Lunatic asylums in Bengal annual reports 1912-1924 - 1912-1924
Year: 1912
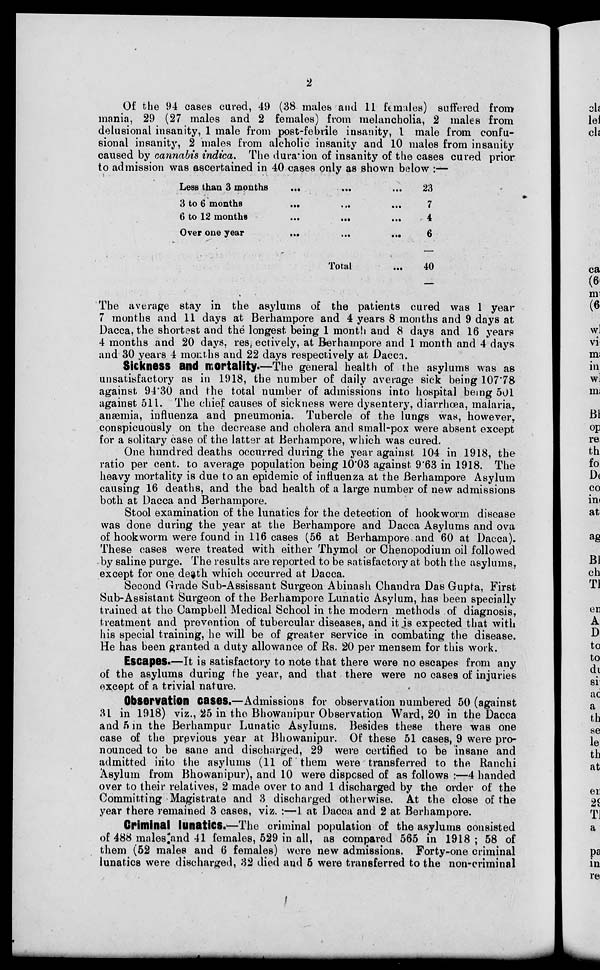
2
Of the 94 cases cured, 49 (38 males and 11 females) suffered from
mania, 29 (27 males and 2 females) from melancholia, 2 males from
delusional insanity, 1 male from post-febrile insanity, 1 male from confu-
sional insanity, 2 males from alcholic insanity and 10 males from insanity
caused by cannabis indica. The duration of insanity of the cases cured prior
to admission was ascertained in 40 cases only as shown below :—
Less than 3 months ... ... ...
3 to 6 months
...
...
...
6 to 12 months
...
...
...
Over one year
...
...
...
Total ...
23
7
4
6
40
The average stay in the asylums of the patients cured was 1 year
7 months and 11 days at Berhampore and 4 years 8 months and 9 days at
Dacca, the shortest and the longest being 1 month and 8 days and 16 years
4 months and 20 days respectively, at Berhampore and 1 month and 4 days
and 30 years 4 months and 22 days respectively at Dacca.
Sickness and mortality.—The general health of the asylums was as
unsatisfactory as in 1918, the number of daily average sick being 107.78
against 94.30 and the total number of admissions into hospital being 501
against 511. The chief causes of sickness were dysentery, diarrhœa, malaria,
anæmia, influenza and pneumonia. Tubercle of the lungs was, however,
conspicuously on the decrease and cholera and small-pox were absent except
for a solitary case of the latter at Berhampore, which was cured.
One hundred deaths occurred during the year against 104 in 1918, the
ratio per cent. to average population being 10.03 against 9.63 in 1918. The
heavy mortality is due to an epidemic of influenza at the Berhampore Asylum
causing 16 deaths, and the bad health of a large number of new admissions
both at Dacca and Berhampore.
Stool examination of the lunatics for the detection of hookworm disease
was done during the year at the Berhampore and Dacca Asylums and ova
of hookworm were found in 116 cases (56 at Berhampore and 60 at Dacca).
These cases were treated with either Thymol or Chenopodium oil followed
by saline purge. The results are reported to be satisfactory at both the asylums,
except for one death which occurred at Dacca.
Second Grade Sub-Assissant Surgeon Abinash Chandra Das Gupta, First
Sub-Assistant Surgeon of the Berhampore Lunatic Asylum, has been specially
trained at the Campbell Medical School in the modern methods of diagnosis,
treatment and prevention of tubercular diseases, and it is expected that with
his special training, he will be of greater service in combating the disease.
He has been granted a duty allowance of Rs. 20 per mensem for this work.
Escapes.—It is satisfactory to note that there wore no escapes from any
of the asylums during the year, and that there were no cases of injuries
except of a trivial nature.
Observation cases.—Admissions for observation numbered 50 (against
31 in 1918) viz., 25 in the Bhowanipur Observation Ward, 20 in the Dacca
and 5 in the Berhampur Lunatic Asylums. Besides these there was one
case of the previous year at Bhowanipur. Of these 51 cases, 9 were pro-
nounced to be sane and discharged, 29 were certified to be insane and
admitted into the asylums (11 of them were transferred to the Ranchi
Asylum from Bhowanipur), and 10 were disposed of as follows :—4 handed
over to their relatives, 2 made over to and 1 discharged by the order of the
Committing Magistrate and 3 discharged otherwise. At the close of the
year there remained 3 cases, viz. :—1 at Dacca and 2 at Berhampore.
Criminal lunatics.—The criminal population of the asylums consisted
of 488 males and 41 females, 529 in all, as compared 565 in 1918; 58 of
them (52 males and 6 females) wore new admissions. Forty-one criminal
lunatics were discharged, 32 died and 5 were transferred to the non-criminal